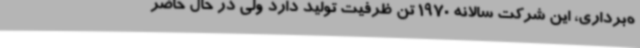
ه‌برداری، این شرکت سالانه 1970 تن ظرفیت تولید دارد ولی در حال حاضر